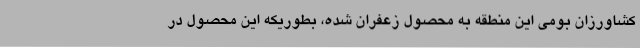
کشاورزان بومی این منطقه به محصول زعفران شده، بطوریکه این محصول در